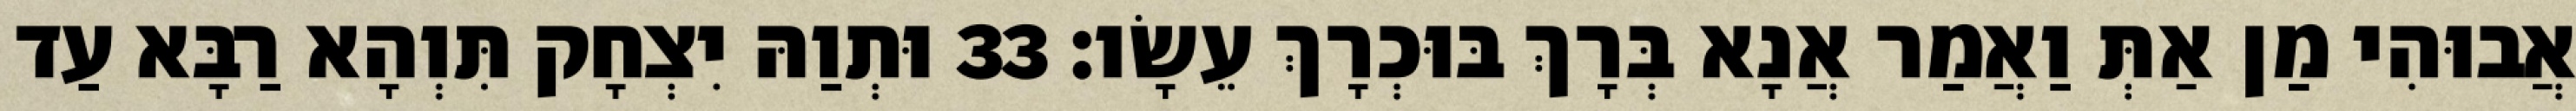
אֲבוּהִי מַן אַתְּ וַאֲמַר אֲנָא בְּרָךְ בּוּכְרָךְ עֵשָׂו׃ 33 וּתְוַהּ יִצְחָק תִּוְהָא רַבָּא עַד